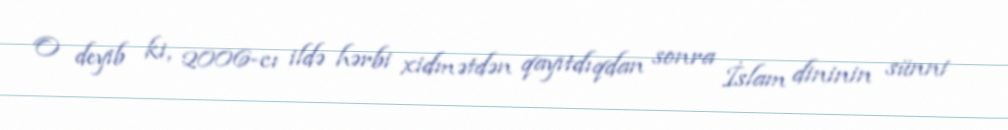
O deyib ki, 2006-cı ildə hərbi xidmətdən qayıtdıqdan sonra İslam dininin sünni